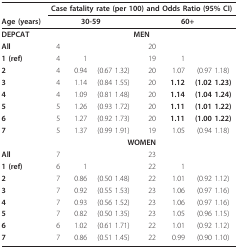
<table><thead><tr><td></td><td colspan="6"><b>Case fatality rate (per 100) and Odds Ratio (95% CI)</b></td></tr><tr><td><b>Age (years)</b></td><td colspan="3"><b>30-59</b></td><td colspan="3"><b>60+</b></td></tr></thead><tbody><tr><td><b>DEPCAT</b></td><td colspan="6"><b>MEN</b></td></tr><tr><td><b>All</b></td><td>4</td><td></td><td></td><td>20</td><td></td><td></td></tr><tr><td><b>1 (ref)</b></td><td>4</td><td>1</td><td></td><td>19</td><td>1</td><td></td></tr><tr><td><b>2</b></td><td>4</td><td>0.94</td><td>(0.67 1.32)</td><td>20</td><td>1.07</td><td>(0.97 1.18)</td></tr><tr><td><b>3</b></td><td>4</td><td>1.14</td><td>(0.84 1.55)</td><td>20</td><td><b>1.12</b></td><td><b>(1.02 1.23)</b></td></tr><tr><td><b>4</b></td><td>4</td><td>1.09</td><td>(0.81 1.48)</td><td>20</td><td><b>1.14</b></td><td><b>(1.04 1.24)</b></td></tr><tr><td><b>5</b></td><td>5</td><td>1.26</td><td>(0.93 1.72)</td><td>20</td><td><b>1.11</b></td><td><b>(1.01 1.22)</b></td></tr><tr><td><b>6</b></td><td>5</td><td>1.27</td><td>(0.92 1.73)</td><td>20</td><td><b>1.11</b></td><td><b>(1.00 1.22)</b></td></tr><tr><td><b>7</b></td><td>5</td><td>1.37</td><td>(0.99 1.91)</td><td>19</td><td>1.05</td><td>(0.94 1.18)</td></tr><tr><td></td><td colspan="6"><b>WOMEN</b></td></tr><tr><td><b>All</b></td><td>7</td><td></td><td></td><td>23</td><td></td><td></td></tr><tr><td><b>1 (ref)</b></td><td>6</td><td>1</td><td></td><td>22</td><td>1</td><td></td></tr><tr><td><b>2</b></td><td>7</td><td>0.86</td><td>(0.50 1.48)</td><td>22</td><td>1.01</td><td>(0.92 1.12)</td></tr><tr><td><b>3</b></td><td>7</td><td>0.92</td><td>(0.55 1.53)</td><td>23</td><td>1.06</td><td>(0.97 1.16)</td></tr><tr><td><b>4</b></td><td>7</td><td>0.93</td><td>(0.56 1.52)</td><td>23</td><td>1.06</td><td>(0.97 1.16)</td></tr><tr><td><b>5</b></td><td>7</td><td>0.82</td><td>(0.50 1.35)</td><td>23</td><td>1.05</td><td>(0.96 1.15)</td></tr><tr><td><b>6</b></td><td>6</td><td>1.02</td><td>(0.61 1.71)</td><td>22</td><td>1.01</td><td>(0.92 1.12)</td></tr><tr><td><b>7</b></td><td>7</td><td>0.86</td><td>(0.51 1.45)</td><td>22</td><td>0.99</td><td>(0.90 1.10)</td></tr></tbody></table>